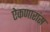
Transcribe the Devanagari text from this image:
ऐकणारांस